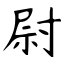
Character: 尉